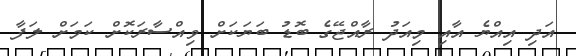
އަދި އިއްޔެ އާއި މިއަދު ރާއްޖޭގެ ބޮޑު ބަަޔަކަށް ވިއްސާރަކޮށް ކަމަށް ލަފާ